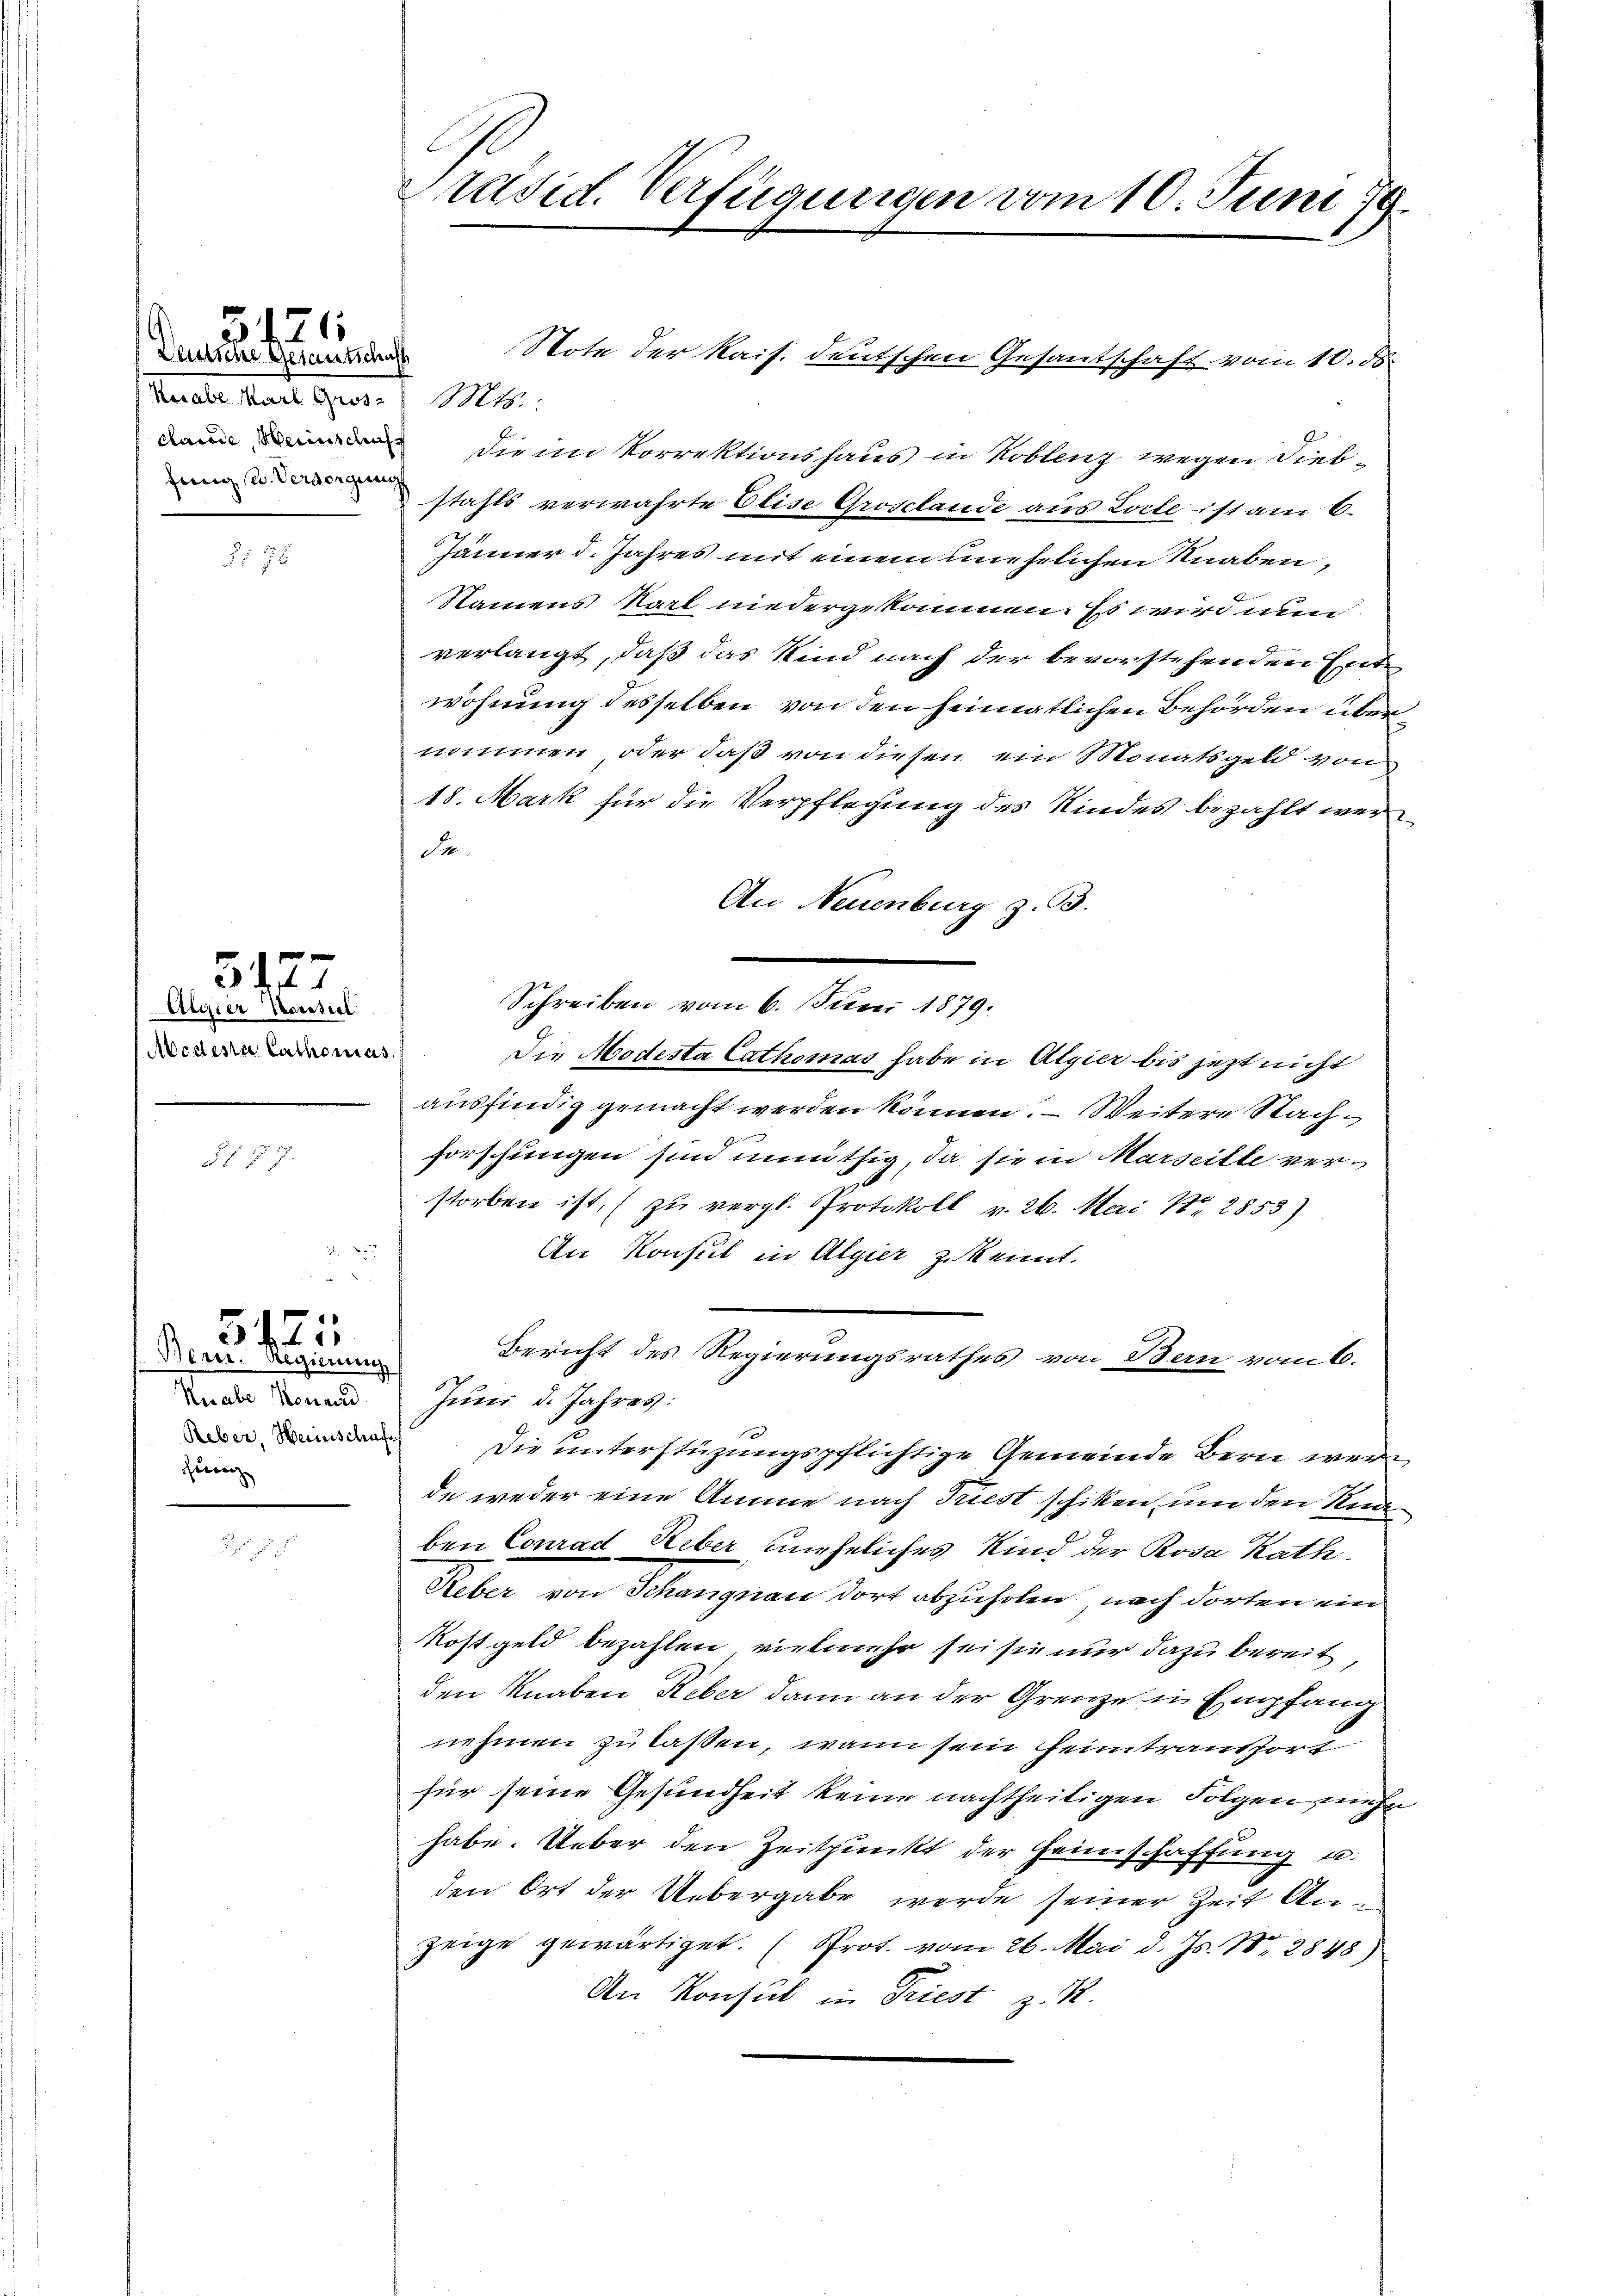
Deutsche Gesantschaff
Karabe Marl Grös
fenig sei. Versorgung

5121.

1

Algier Mousseel.
Aodena Cathonies

5177.

5127

Knabe Konand
Reber, Heinschaft
hern

542
Bern. Regierung

Präsid. Verfügungen vom 10. Juni 19

Note der Kais. deutschen Gesantschaft vom 10. ds.
Mts.:
dann die im Korrektionshaus in Koblenz wegen Diebstahls verwahrte Elise Grosclande aus Loche ist am 6.
Jänner d. Jahres mit einem unehrlichen Knaben,
Namens Karl niedergekommen. Es wird nun
verlangt, daß das Kind nach der bevorstehenden Entwohnung desselben von den heimatlichen Behörden übernommen, oder daß von diesen ein Monatsgeld von
18. Mark für die Verpflegung des Kindes bezahlt werde
An Neuenburg z. B.
Schreiben vom 6. Juni 1879.
Die Modesta Cathomas habe in Algier bis jetzt nicht
ausfindig gemacht werden können. – Weitere Nachforschungen sind unnüthig, da sie in Marseille verstorben ist, (zu vergl. Protokoll v. 26. Mai 12853)
An Konsul in Algier zu kennt.
Bericht des Regierungsrathes von Bern vom 6.
Juni d. Jahres:
Die unterstüzungspflichtige Gemeinde Bern werde weder eine Amme nach Triest schiken, um den Knaben Conrad Ueber uneheliches Kind der Rosa Rath.
Keber von Schangnau dort abzuholen nach dorten ein
Kostgeld bezahlen, vielmehr sei sie nur dazu bereit
den Knaben Reber dann an der Grenze in Empfang
nehmen zu laßen, wenn sein Heimtransport
für seine Gesundheit keine nachtheiligen Folgen mehr
habe. Ueber den Zeitpunkt der Heimschaffung u.
den Ort der Uebergabe werde seiner Zeit Anzeige gewärtiget. (Prot. vom 26. Mai d. Js. 18. 2848)
An Konsul in Triest z. R.